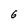
Character: 6